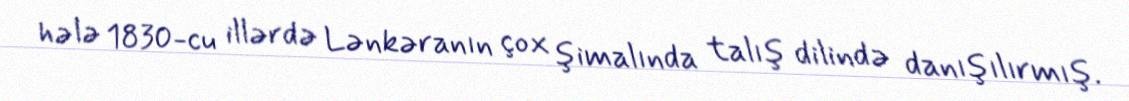
hələ 1830-cu illərdə Lənkəranın çox şimalında talış dilində danışılırmış.